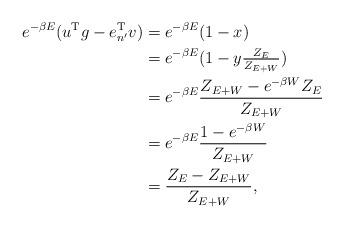
LaTeX: \begin{align*}e^{-\beta E}(u^{\rm T}g-e_{n'}^{\rm T}v)&=e^{-\beta E}(1-x)\\&=e^{-\beta E}(1-y\tfrac{Z_E}{Z_{E+W}})\\&=e^{-\beta E}\frac{Z_{E+W}-e^{-\beta W}Z_E}{Z_{E+W}}\\&=e^{-\beta E}\frac{1-e^{-\beta W}}{Z_{E+W}}\\&=\frac{Z_E-Z_{E+W}}{Z_{E+W}},\end{align*}